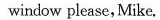
window please, Mike.